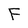
Character: F